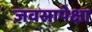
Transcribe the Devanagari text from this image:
जवसापेक्षा